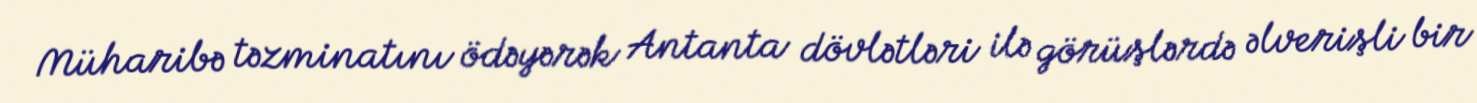
Müharibə təzminatını ödəyərək Antanta dövlətləri ilə görüşlərdə əlverişli bir